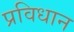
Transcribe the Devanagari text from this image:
प्रविधान